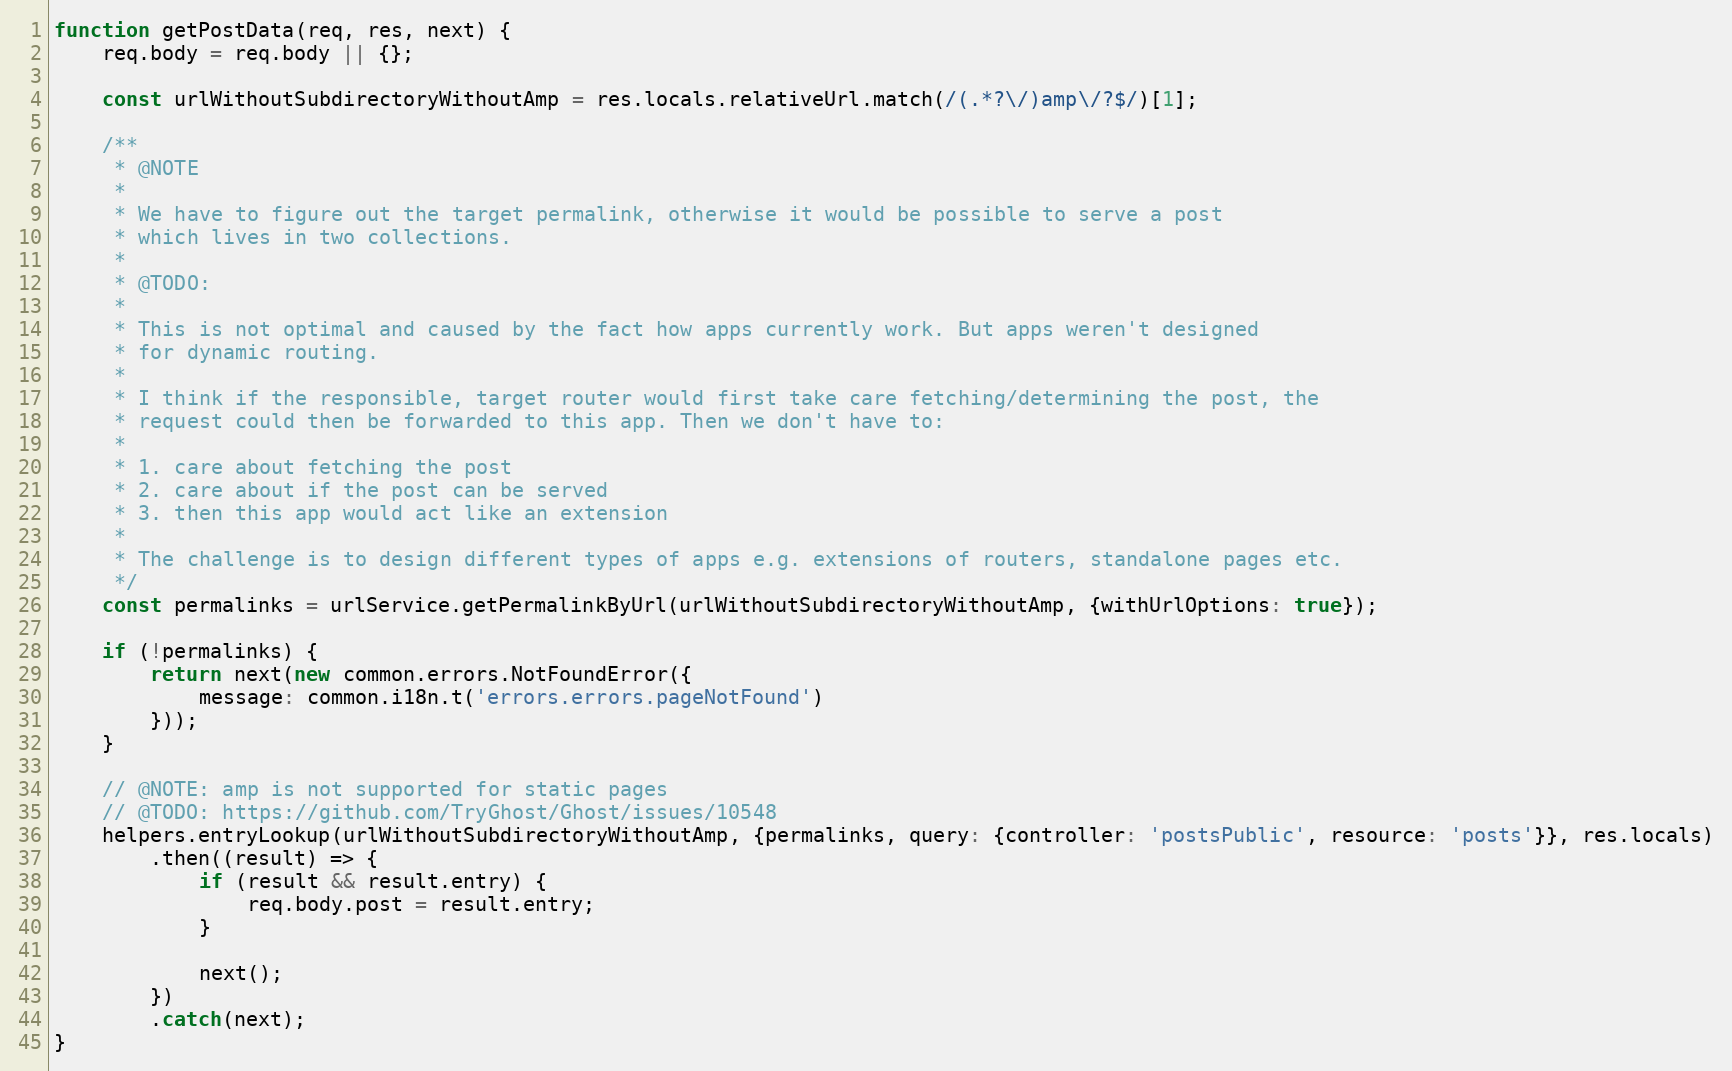
Language: JavaScript
function getPostData(req, res, next) {
    req.body = req.body || {};

    const urlWithoutSubdirectoryWithoutAmp = res.locals.relativeUrl.match(/(.*?\/)amp\/?$/)[1];

    /**
     * @NOTE
     *
     * We have to figure out the target permalink, otherwise it would be possible to serve a post
     * which lives in two collections.
     *
     * @TODO:
     *
     * This is not optimal and caused by the fact how apps currently work. But apps weren't designed
     * for dynamic routing.
     *
     * I think if the responsible, target router would first take care fetching/determining the post, the
     * request could then be forwarded to this app. Then we don't have to:
     *
     * 1. care about fetching the post
     * 2. care about if the post can be served
     * 3. then this app would act like an extension
     *
     * The challenge is to design different types of apps e.g. extensions of routers, standalone pages etc.
     */
    const permalinks = urlService.getPermalinkByUrl(urlWithoutSubdirectoryWithoutAmp, {withUrlOptions: true});

    if (!permalinks) {
        return next(new common.errors.NotFoundError({
            message: common.i18n.t('errors.errors.pageNotFound')
        }));
    }

    // @NOTE: amp is not supported for static pages
    // @TODO: https://github.com/TryGhost/Ghost/issues/10548
    helpers.entryLookup(urlWithoutSubdirectoryWithoutAmp, {permalinks, query: {controller: 'postsPublic', resource: 'posts'}}, res.locals)
        .then((result) => {
            if (result && result.entry) {
                req.body.post = result.entry;
            }

            next();
        })
        .catch(next);
}